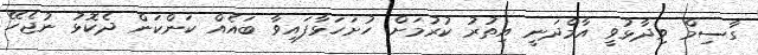
ގާސިމް ވިދާޅުވީ އާމްދަނީ އިތުރު ކުރުމަށް ހުށަހަޅާފައިވާ ބައެއް ކަންކަން ދެކޮޅު ނުޖެހޭ